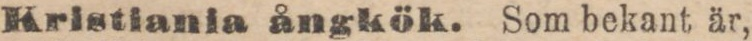
Kristiania ångkök. Som bekant är,